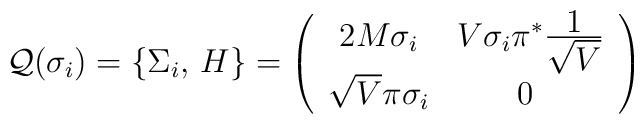
{\cal Q}(\sigma_{i})=\{\Sigma_{i},\,H\}=\left( \begin{array}{cc}2M\sigma_{i}&V\sigma_{i}\pi^{*}\frac{\textstyle 1}{\textstyle \sqrt{V}}\\\sqrt{V}\pi\sigma_{i}&0~\end{array}\right)